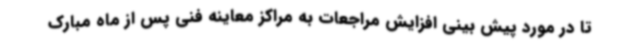
تا در مورد پیش بینی افزایش مراجعات به مراکز معاینه فنی پس از ماه مبارک